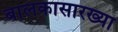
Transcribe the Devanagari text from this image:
बालकासारख्या